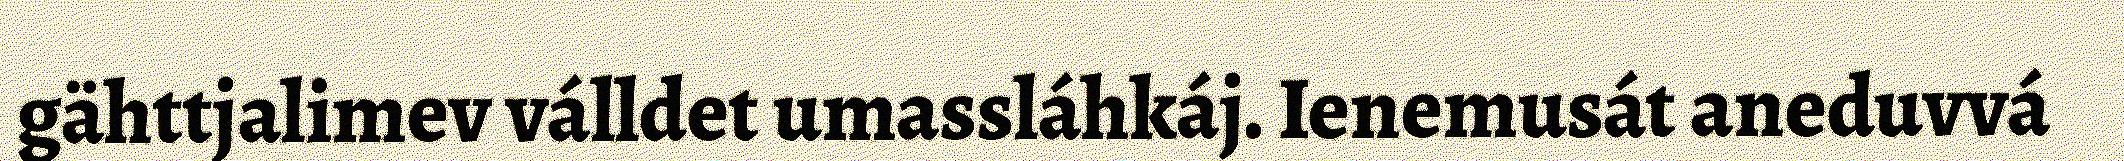
gähttjalimev válldet umassláhkáj. Ienemusát aneduvvá